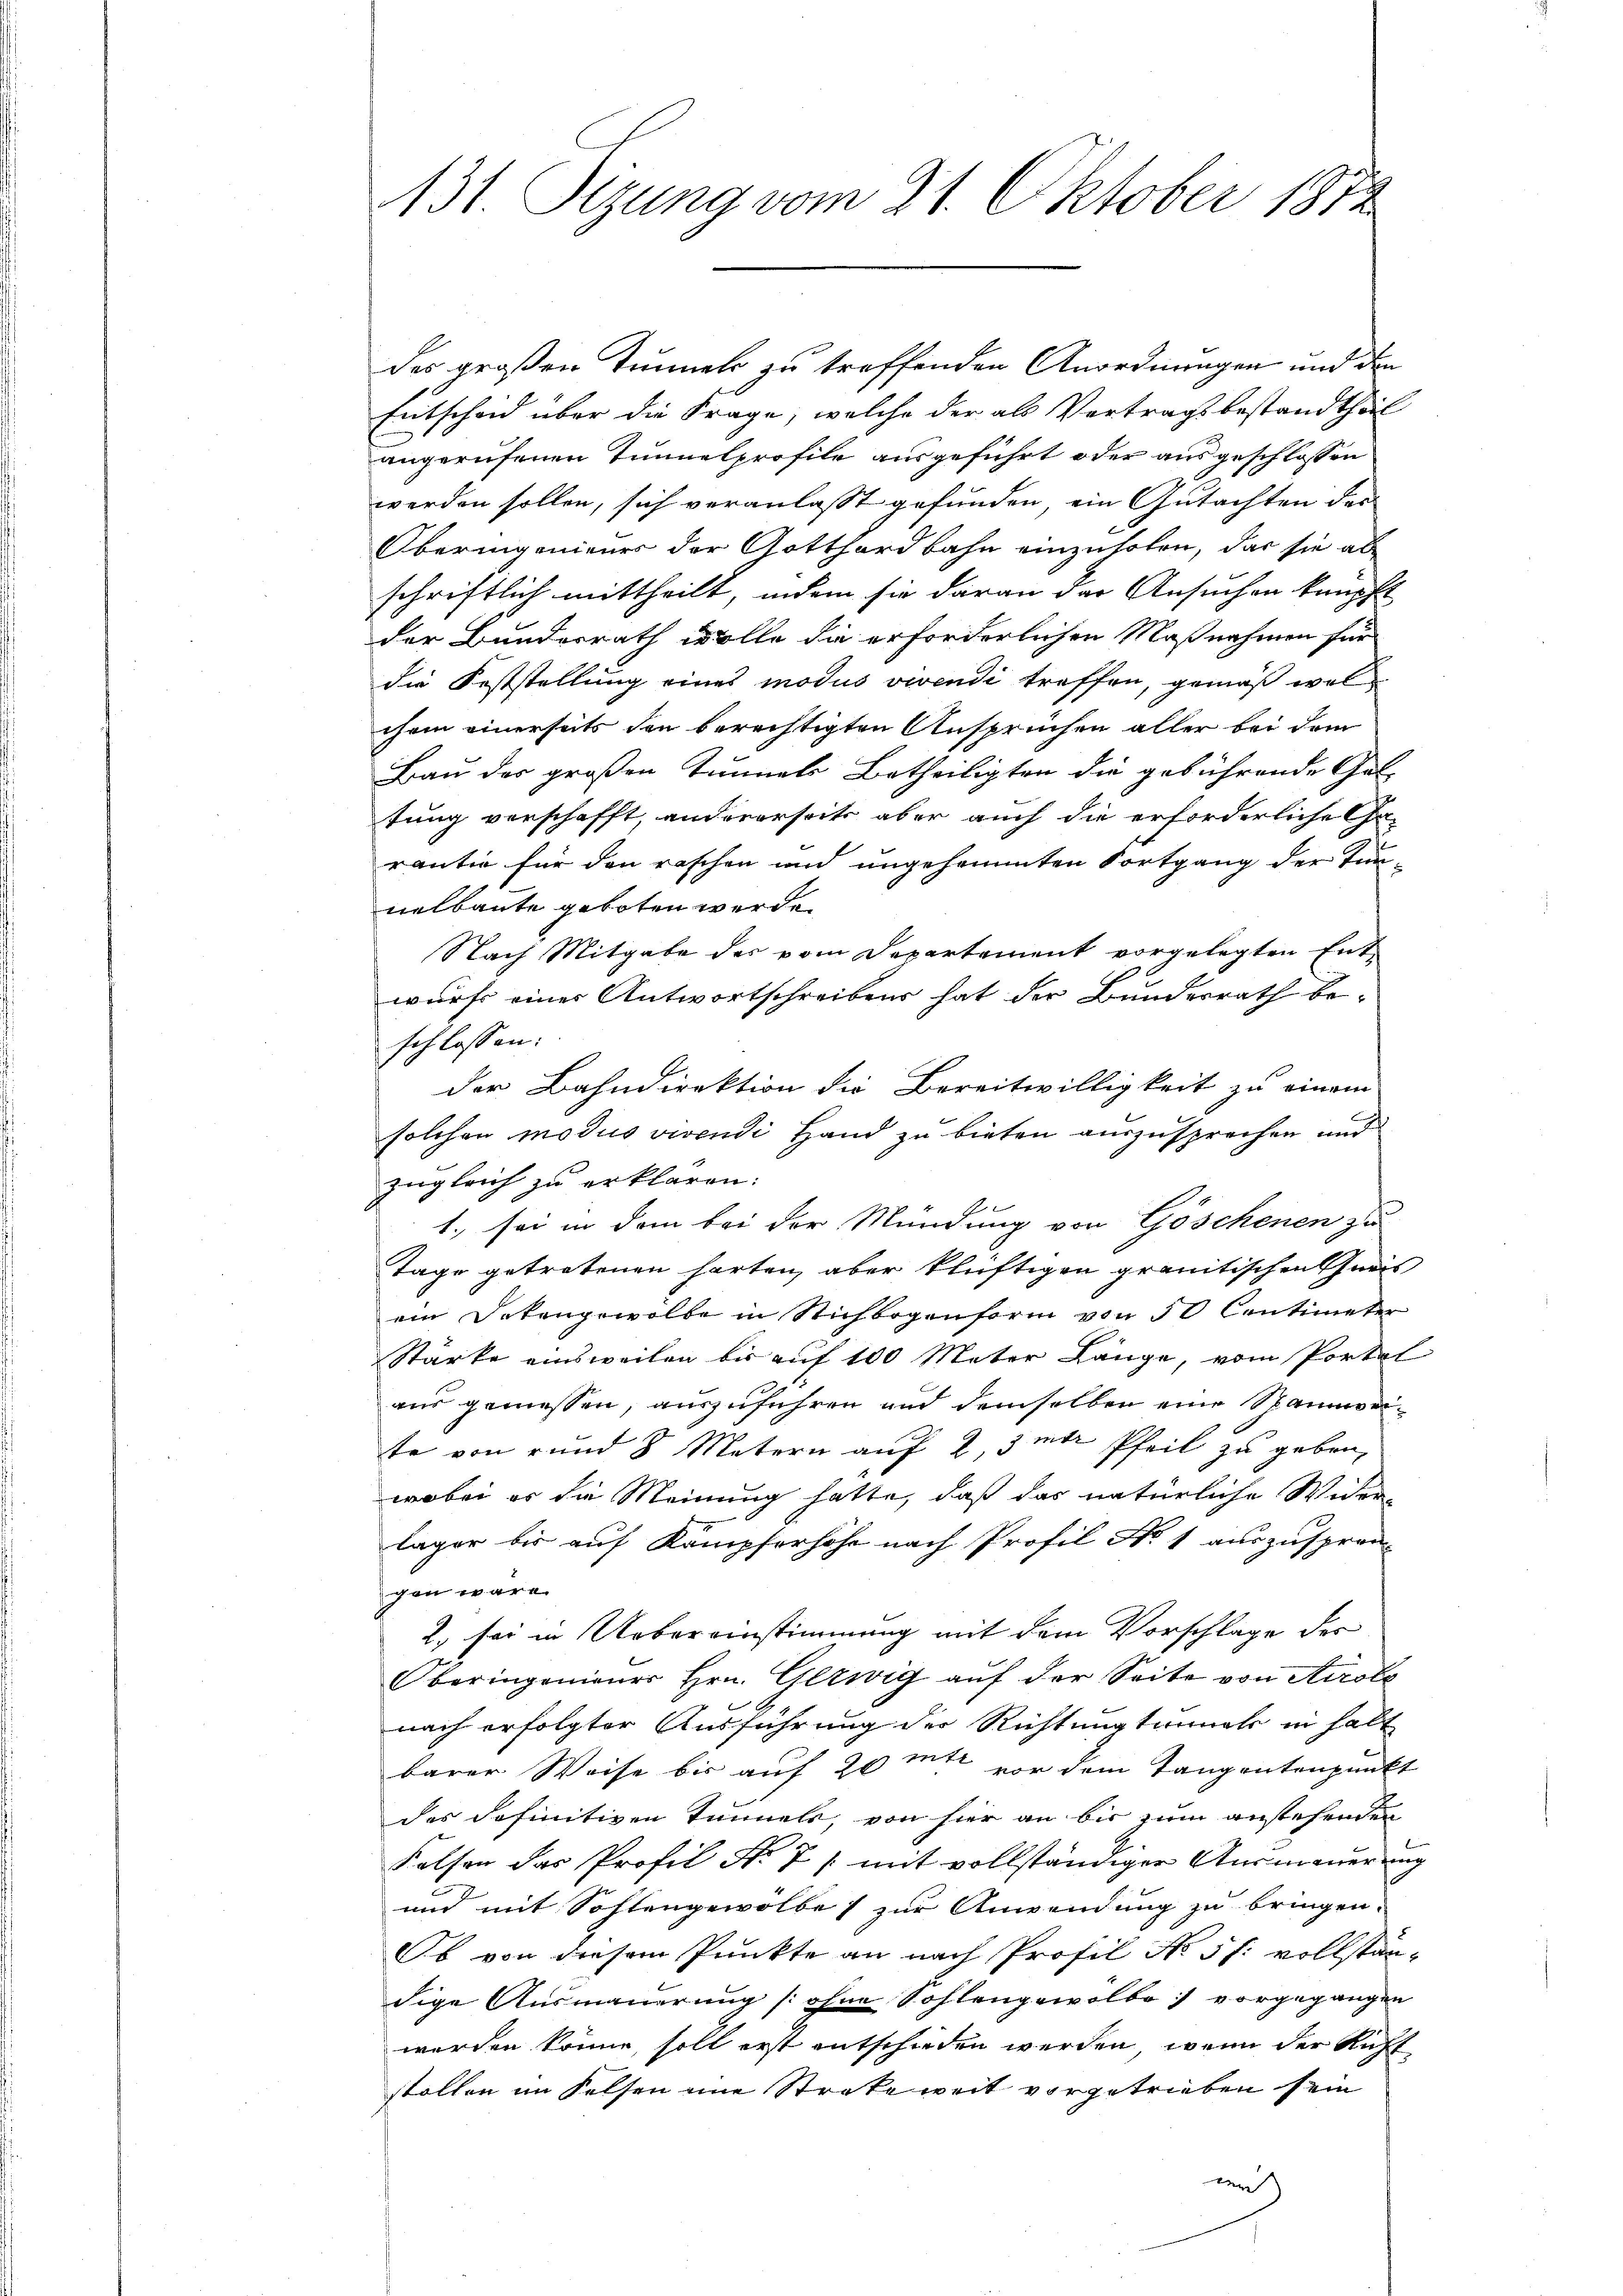
des großen Tunnels zu treffenden Anordnungen und den
Entschaid über die Frage, welche der als Vertrags bestandtheil
angerufenen Tunnelprofile ausgeführt oder ausgeschlossen
J
werden sollen, sich veranlasst gefunden, ein Gutachten des
Oberingenieuer der Gotthardbahn einzuholen, das sie ab
schriftlich mittheilt, indem sie daran der Ansuchen knüpft
der Bundesrath wolle die erforderlichen Maßnahmen für
die Feststellung eines modus vivendi treffen, gemäß welchem einerseits den berechtigten Ansprüchen aller bei dem
Bau das großen Tunnels Betheiligten die gebührende Gat-
tung verschafft, andererseits aber auch die erforderliche Ca-
rantie für den raschen und ungesammten Fortgang der Tunnelbaute geboten werde.
Nach Mitgabe des vom Departement vorgelegten Ent-
E
wurf eines Antwortschreibens hat der Bunderrath beschlossen:
der Bahndirektion die Bereitwilligkeit zu einem
solchen modus vivendi Hand zu bieten auszusprechen und
zugleich zu erklären:
1., sei in dem bei der Mündung von Göschenen zu
Tage getretenen harten, aber kluftigen grantischen Greis
ein Dekangewölbe in Richbogenform von 50 Centimeter
Stärke einsweilen bis auf 100 Mater Länge, vom Portal
aus gemessen, auszuführen und demselben eine Stammverte von rund 8 Metern auf 2, 3 mir Pfeil zu geben,
wobei er die Meinung hatte, daß das natürliche Wider-
lager bis auf Kampferhöhe nach Profil No 1 auszuspren-
cen wäre.
2. sei in Uebereinstimmung mit dem Vorschlage der
Oberingenieues Hrn. Glewig auf der Seite von Airole
nach erfolgter Ausführung der Richtungsunnels in halt
barer Weise bis auf 20 mt vor dem Tangentenpunkt
das Sofinitiven Tunnels, von hier an bis zum anstehenden
Kalsen das Profil Nr. 7 /: mit vollständiger Ausmauerung
und mit Sohlengewölbe zur Anwendung zu bringen.
Ob von diesem Punkte an nach Profil No 5 f: vollständige Ausmauerung [ohne Sohlengewolbe vorgegangen
werden könne, soll erst entschieden werden, wenn der Ruff
stollen im Felsen eine Strafe weit vorgetrieben sein
wi

131. Sizung vom 21. Oktober 1872